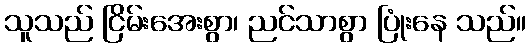
သူသည် ငြိမ်းအေးစွာ၊ ညင်သာစွာ ပြုံးနေ သည်။